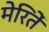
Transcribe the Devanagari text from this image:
मेरितें